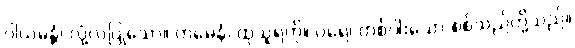
ဝါယမန္တံ၊ လုံ့လပြုသော။ တမေနံ၊ ထုသူရဲကို။ ပရေ၊ တစ်ပါးသော စစ်သည်တို့သည်။